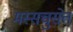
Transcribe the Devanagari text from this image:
मस्सचुसेत्त